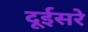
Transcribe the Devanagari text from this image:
दूईसरे